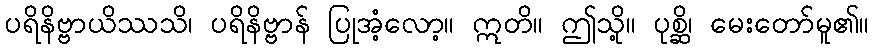
ပရိနိဗ္ဗာယိဿသိ၊ ပရိနိဗ္ဗာန် ပြုအံ့လော့။ ဣတိ။ ဤသို့။ ပုစ္ဆိ၊ မေးတော်မူ၏။